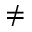
\neq